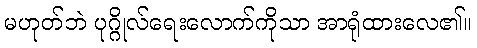
မဟုတ်ဘဲ ပုဂ္ဂိုလ်ရေးလောက်ကိုသာ အာရုံထားလေ၏။